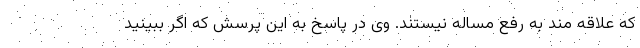
که علاقه مند به رفع مساله نیستند. وی در پاسخ به این پرسش که اگر ببینید